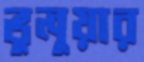
ভুলুয়ার